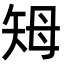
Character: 𥎳